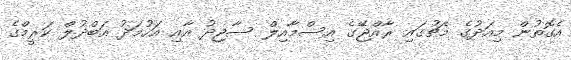
އެގޮތުން މިއަދުގެ މެޗުގައި ރާއްޖޭގެ އިސްމާއިލް ސާޖިދު އާއި އަހުމަދު އަބްދުލް ކަރީމްގެ